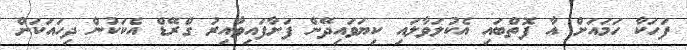
ފަހަކާ ހަމައަށް އާ ފޮތްބައި އެކުލަވާލައި ކިޔަވައިދޭން ފަށާފައިވާއިރު ގްރޭޑް އެކަކުން ދިހައަކަށް